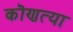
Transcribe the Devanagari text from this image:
कॊणत्या